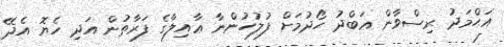
އަޙްމަދު ރިޟްވާން ޢަބްދު ހޯދުމަށް ފުލުހުންނާ ޢާއިލާގެ ފަރާތުން އަދި ހެޔޮ އެދޭ